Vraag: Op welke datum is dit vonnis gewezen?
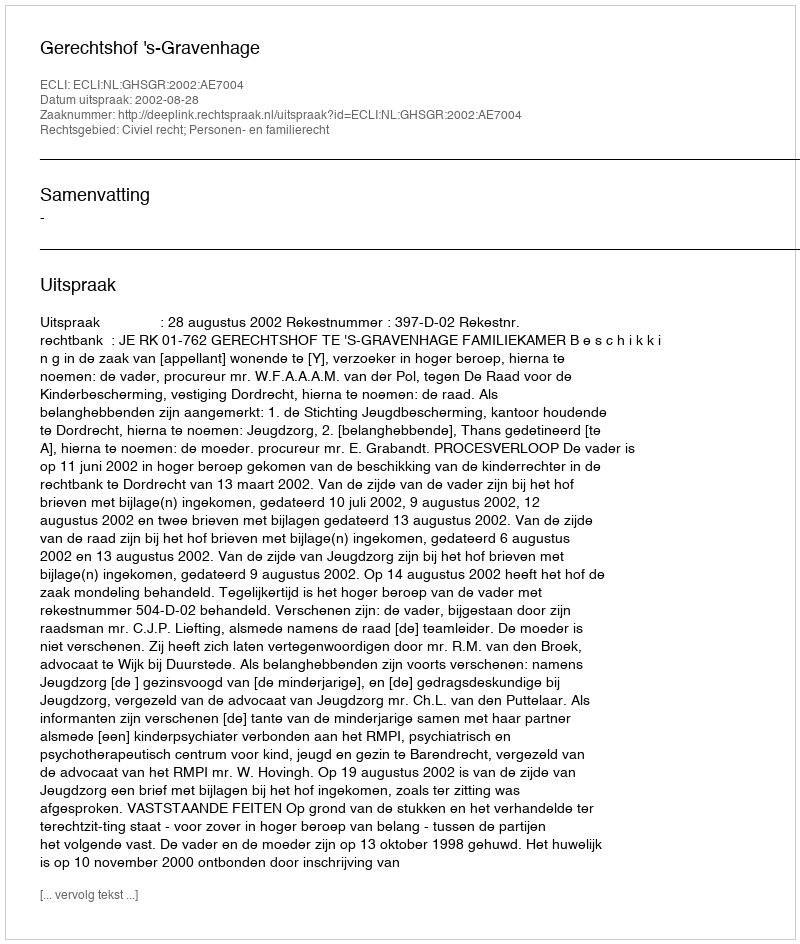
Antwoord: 2002-08-28